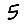
Digit: 5